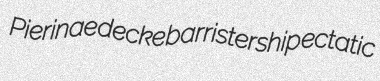
Pierinae decke barristership ectatic